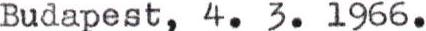
Budapest, 4. 3. 1966.